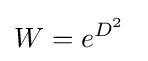
W=e^{D^{2}}~